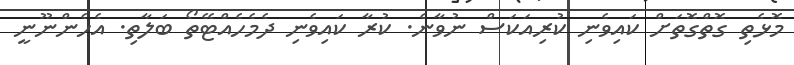
މޮޅެތި ގޮތްގޮތަށް ކައިވެނި ކުރިއަކަސް ނުވާނެ. ކުރާ ކައިވެނި ދެމެހެއްޓޭތޯ ބަލާތި. އެހެންނޫނީ